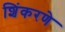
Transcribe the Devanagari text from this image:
शिंकरणे